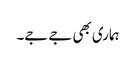
ہماری بھی جے جے۔